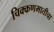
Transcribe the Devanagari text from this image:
चिक्कणमातीचा